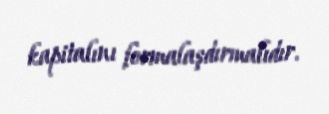
kapitalını formalaşdırmalıdır.